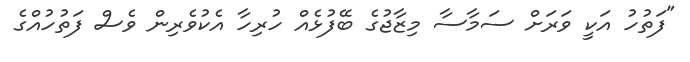
"ފަތުހު އަކީ ވަރަށް ސަމާސާ މިޒާޖުގެ ބޭފުޅެއް ހުރިހާ އެކުވެރިން ވެސް ފަތުހުއްގެ